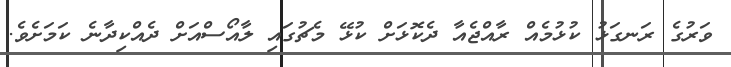
ވަރުގެ ރަނގަޅު ކުޅުމެއް ރާއްޖެއާ ދެކޮޅަށް ކުޅޭ މެޗުގައި ލާއޯސްއަށް ދެއްކިދާނެ ކަމަށެވެ.